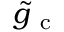
\tilde { g } _ { \mathrm { ~ c ~ } }